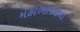
મહાભારતના